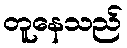
တူနေသည်